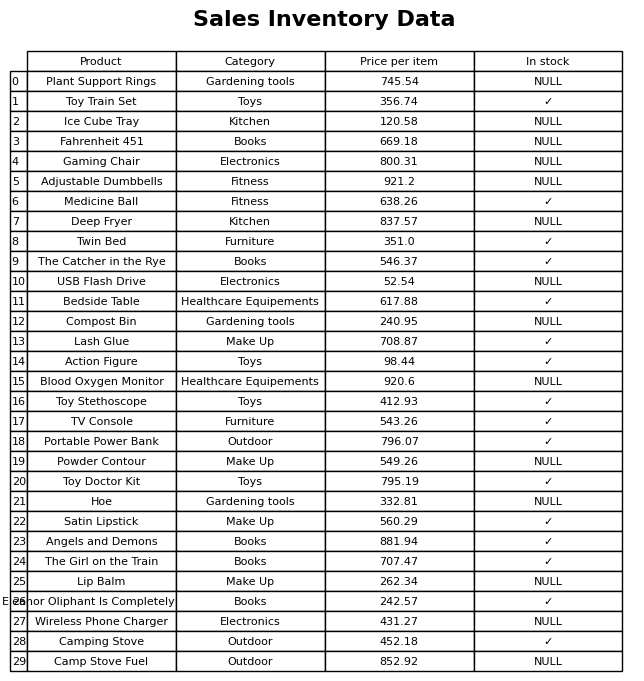
question: What category does the Satin Lipstick belong to?
answer: Make Up